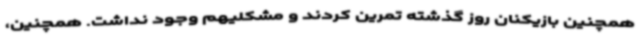
همچنین بازیکنان روز گذشته تمرین کردند و مشکلیهم وجود نداشت. همچنین،